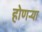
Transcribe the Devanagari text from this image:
होणऱ्या